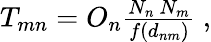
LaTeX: \begin{array}{r}{T_{mn}=O_{n}\frac{N_{n}\ N_{m}}{f(d_{nm})}\ ,}\end{array}